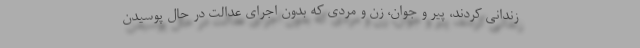
زندانی کردند، پیر و جوان، زن و مردی که بدون اجرای عدالت در حال پوسیدن